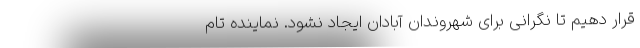
قرار دهیم تا نگرانی برای شهروندان آبادان ایجاد نشود. نماینده تام